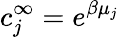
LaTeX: c_{j}^{\infty}=e^{\beta\mu_{j}}